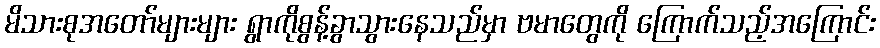
မိသားစုအတော်များများ ရွာကိုစွန့်ခွာသွားနေသည်မှာ ဗမာတွေကို ကြောက်သည့်အကြောင်း